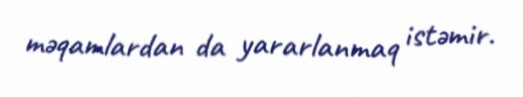
məqamlardan da yararlanmaq istəmir.